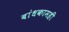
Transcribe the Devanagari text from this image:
बांधकामही